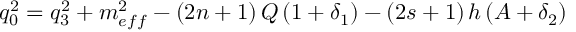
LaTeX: q _ { 0 } ^ { 2 } = q _ { 3 } ^ { 2 } + m _ { e f f } ^ { 2 } - \left( 2 n + 1 \right) Q \left( 1 + \delta _ { 1 } \right) - \left( 2 s + 1 \right) h \left( A + \delta _ { 2 } \right)